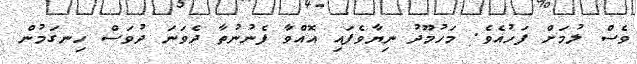
ވެސް ލުމަށް ފަހުއެވެ. މަހުމޫދު ނިޔާވެފައި އޮއްވާ ފެނުނުތާ ދެވަނަ ދުވަސް ހިނގަމުން